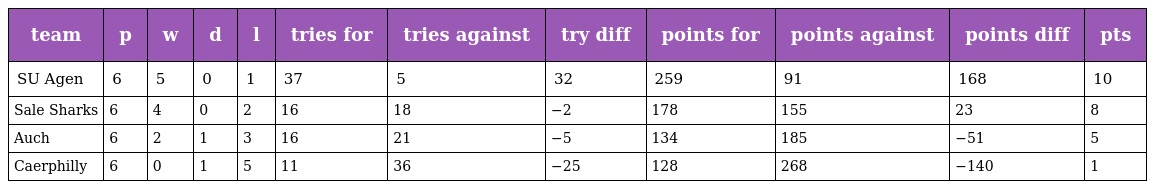
| team | p | w | d | l | tries for | tries against | try diff | points for | points against | points diff | pts |
 | --- | --- | --- | --- | --- | --- | --- | --- | --- | --- | --- | --- |
 | SU Agen | 6 | 5 | 0 | 1 | 37 | 5 | 32 | 259 | 91 | 168 | 10 |
 | Sale Sharks | 6 | 4 | 0 | 2 | 16 | 18 | −2 | 178 | 155 | 23 | 8 |
 | Auch | 6 | 2 | 1 | 3 | 16 | 21 | −5 | 134 | 185 | −51 | 5 |
 | Caerphilly | 6 | 0 | 1 | 5 | 11 | 36 | −25 | 128 | 268 | −140 | 1 |